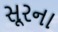
સૂરના